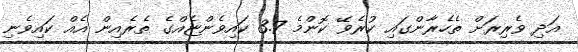
އަދި ވެރިރަށް ތެހެރާންގައި ކުރެވޭ ކޮންމެ 3.7 ކައިވެންޏެއްގެ ތެރެއިން އެއް ކައިވެނި